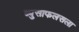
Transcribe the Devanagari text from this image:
ब्युसाफलसला